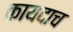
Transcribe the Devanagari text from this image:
कायदाच